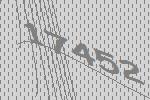
17452